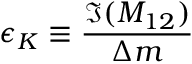
\epsilon _ { K } \equiv \frac { \Im ( M _ { 1 2 } ) } { \Delta m }